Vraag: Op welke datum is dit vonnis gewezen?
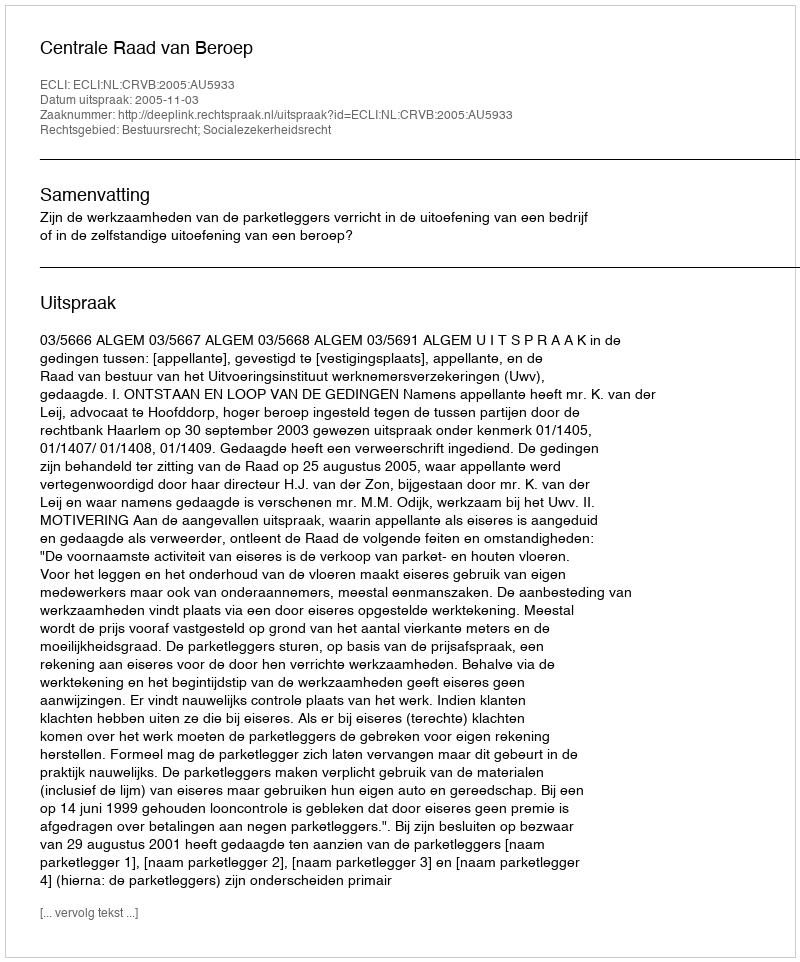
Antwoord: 2005-11-03